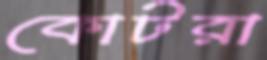
কোটরা